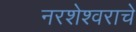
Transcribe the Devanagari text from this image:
नरशेश्‍वराचे